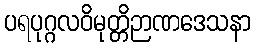
ပရပုဂ္ဂလဝိမုတ္တိဉာဏဒေသနာ